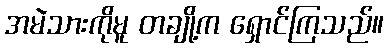
အမဲသားကိုမူ တချို့က ရှောင်ကြသည်။